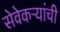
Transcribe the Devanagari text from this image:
सेवेकऱ्यांची